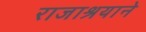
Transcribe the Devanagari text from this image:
राजाश्रयाने